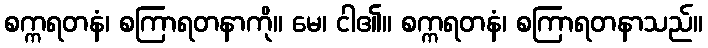
စက္ကရတနံ၊ စကြာရတနာကို။ မေ၊ ငါ၏။ စက္ကရတနံ၊ စကြာရတနာသည်။